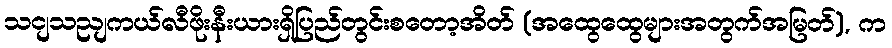
သငျသညျကယ်လီဖိုးနီးယားရှိပြည်တွင်းစတော့အိတ် (အထွေထွေများအတွက်အမြတ်), က